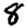
Digit: 8